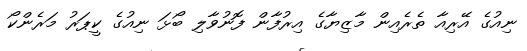
ނިއުގެ އޭރިއާ ތެރެއިން މާޒިޔާގެ އިރުފާން ފޮނުވާލި ބޯޅަ ނިއުގެ ކީޕަރު މަރެންކޯ